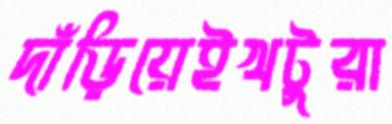
দাঁড়িয়েইখটুরা